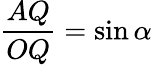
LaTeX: {\frac{AQ}{OQ}}=\sin\alpha